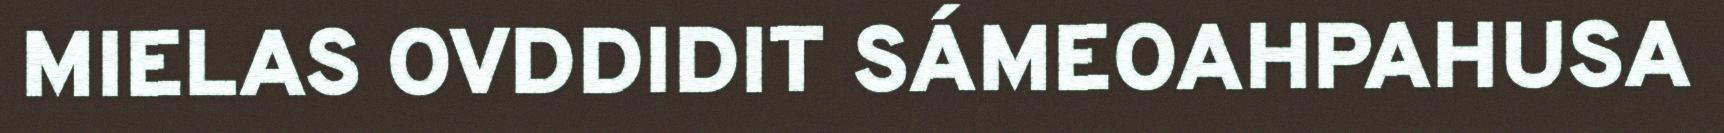
MIELAS OVDDIDIT SÁMEOAHPAHUSA